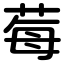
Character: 莓